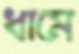
ধামে